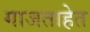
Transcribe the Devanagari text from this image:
गाजताहेत